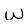
Character: w